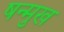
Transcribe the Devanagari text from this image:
षन्मुख